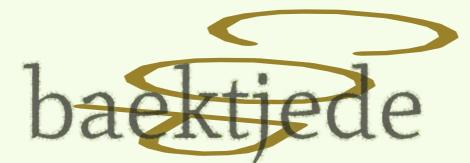
baektjede